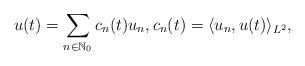
LaTeX: \begin{align*}u(t) = \sum_{n \in \mathbb{N}_0} c_n(t) u_n, c_n(t) = \langle u_n, u(t) \rangle_{L^2},\end{align*}